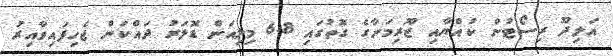
އަލިދޫ ރިސޯޓުން ކުއްޔާއި ޖޫރިމަނާގެ ގޮތުގައި 6.8 މިލިއަން ޑޮލަރު ދައްކަން ޖެހިފައިވާއިރު